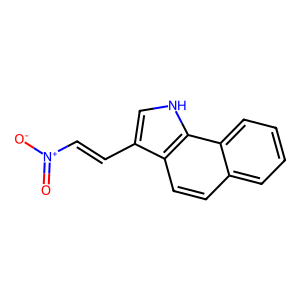
SMILES: O=[N+]([O-])C=Cc1c[nH]c2c1ccc1ccccc12
Inhibits HIV replication: No